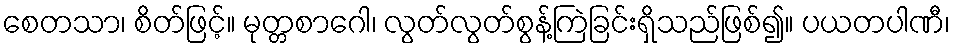
စေတသာ၊ စိတ်ဖြင့်။ မုတ္တစာဂေါ၊ လွတ်လွတ်စွန့်ကြဲခြင်းရှိသည်ဖြစ်၍။ ပယတပါဏီ၊